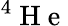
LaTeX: ^4\mathrm{~H~e~}